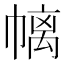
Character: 𱜴